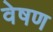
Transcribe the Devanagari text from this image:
वेषण